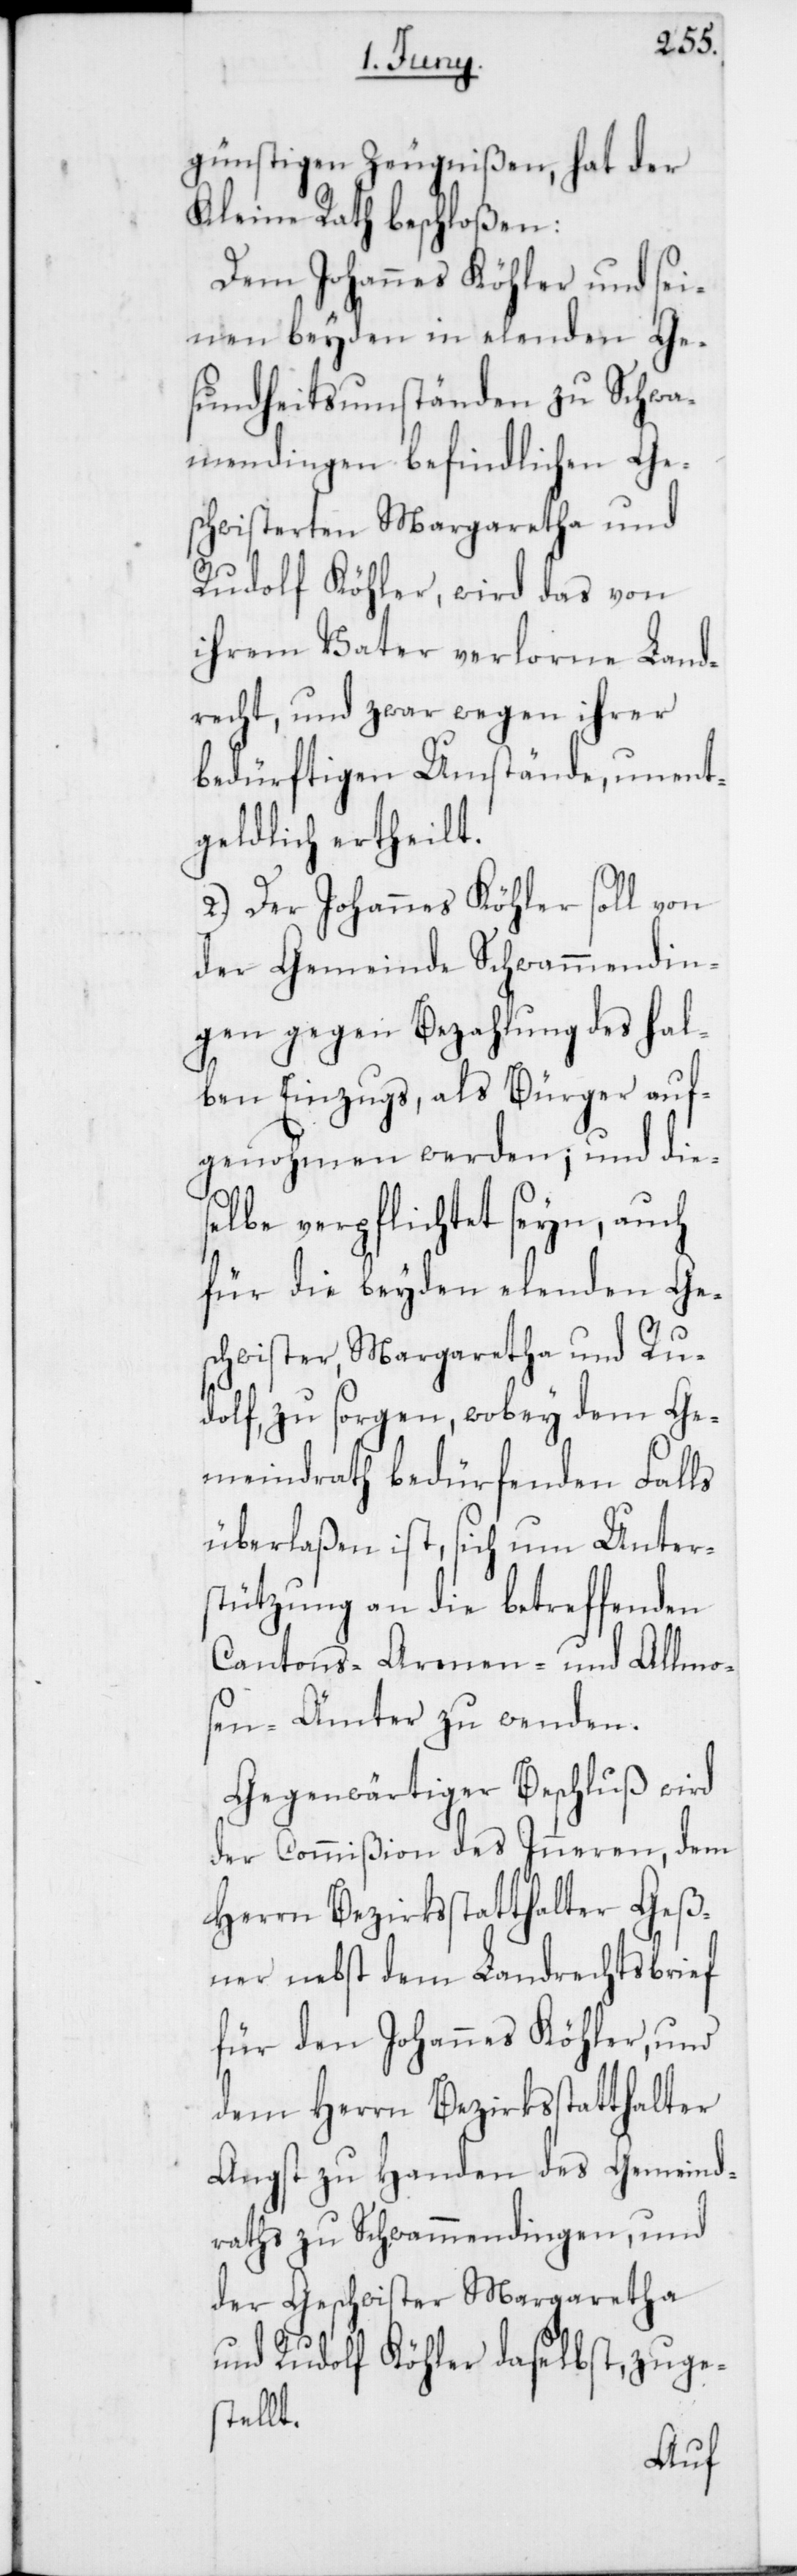
günstigen Zeugnißen, hat der
Kleine Rath beschloßen:
Johannes Köhler und sei¬
nen beyden in elenden Ge¬
sundheitsumständen zu Schwa¬
mendingen befindlichen Ges¬
chwisterten Margaretha und
Rudolf Köhler, wird das von
ihrem Vater verlorne Land¬
recht, und zwar wegen ihrer
bedürftigen Umstände, unent¬
geldlich ertheilt.
2.) Der Johannes Köhler soll von
der Gemeinde Schwammendin¬
gen gegen Bezahlung des hal¬
ben Einzugs, als Bürger auf¬
genohmen werden; und dies¬
elbe verpflichtet seyn, auch
für die beyden elenden Ge¬
schwister, Margaretha und Ru¬
dolf, zu sorgen, wobey dem Ge¬
meindrath bedürfenden Falls
überlaßen ist, sich um Unters¬
tützung an die betreffenden
Cantons-Armen- und Allmo¬
sen-Ämter zu wenden.
Gegenwärtiger Beschluß wird
der Commißion des Inneren, dem
Herrn Bezirksstatthalter Geß¬
ner nebst dem Landrechtsbrief
für den Johannes Köhler, und
dem Herrn Bezirksstatthalter
Angst zu Handen des Gemeind¬
raths zu Schwamendingen und
der Geschwister Margaretha
und Rudolf Köhler daselbst, zuge¬
stellt.